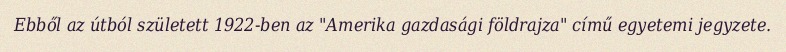
Ebből az útból született 1922-ben az "Amerika gazdasági földrajza" című egyetemi jegyzete.